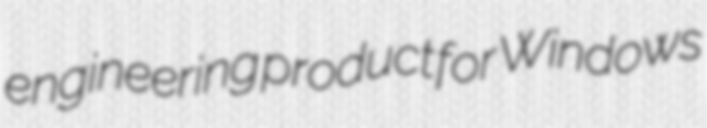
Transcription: engineering product for Windows